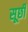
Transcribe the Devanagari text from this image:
सूछी